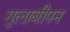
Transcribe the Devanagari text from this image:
गुलाबीपन